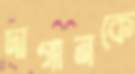
দাগানকে